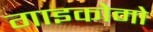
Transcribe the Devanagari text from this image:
गाइकोमो